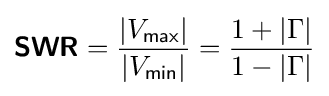
{\boldsymbol {\mathsf {SWR}}}={\frac {|V_{\mathsf {max}}|}{|V_{\mathsf {min}}|}}={\frac {1+|\Gamma |}{1-|\Gamma |}}